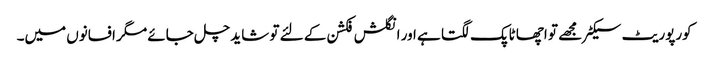
کورپوریٹ سیکٹر مجھے تو اچھا ٹاپک لگتا ہے اور انگلش فکشن کے لئے تو شاید چل جائے مگر افسانوں میں۔